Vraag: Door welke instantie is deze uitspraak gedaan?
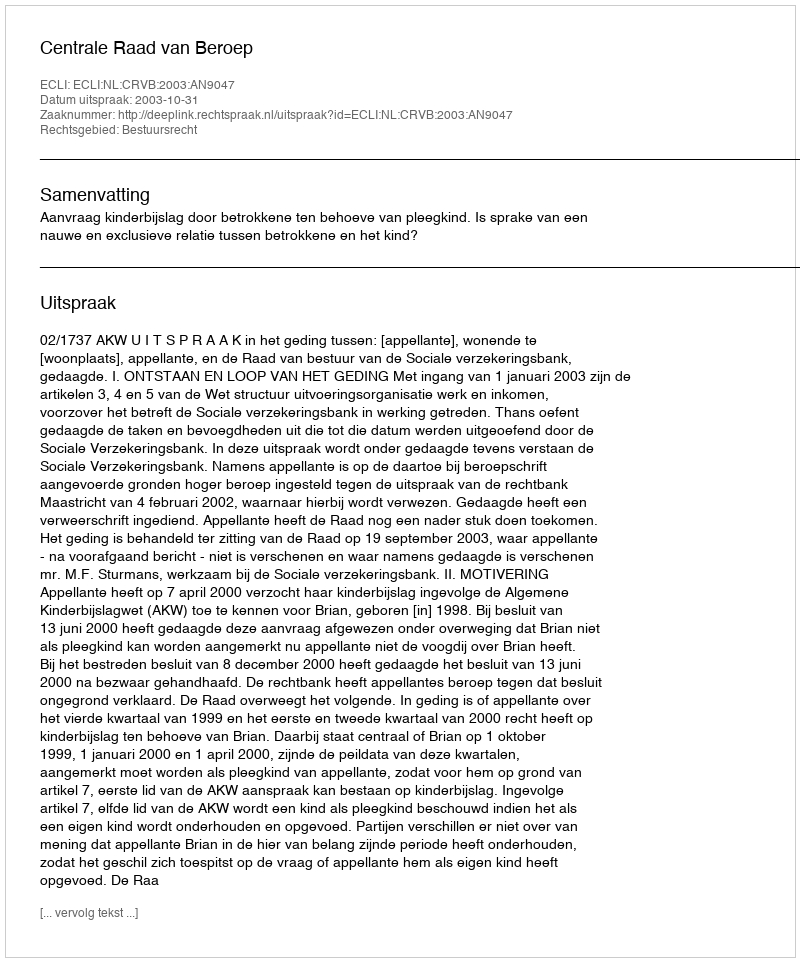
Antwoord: Centrale Raad van Beroep